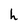
Character: h